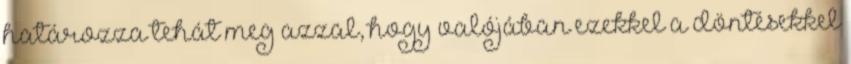
határozza tehát meg azzal, hogy valójában ezekkel a döntésekkel